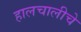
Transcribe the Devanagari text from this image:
हालचालीचे